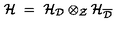
{ \mathcal H } \ = \ { \mathcal H } _ { { \mathcal D } } \otimes _ { { \mathcal Z } } { \mathcal H } _ { \overline { { { \mathcal D } } } }